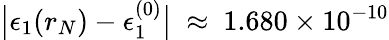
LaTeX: \big|\epsilon_{1}(r_{N})-\epsilon_{1}^{(0)}\big|~\approx~1.680\times 10^{-10}